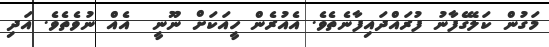
މަގުން ކަލޭގެފާނު ފުރައްދައިފާނެތެވެ. އެއުރެން ހީއަކަށް ނޫނީ  އެއް ނުވެތެވެ. އަދި